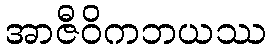
အာဇီဝိကဘယဿ